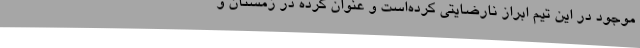
موجود در این تیم ابراز نارضایتی کرده‌است و عنوان کرده در زمستان و